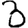
Digit: 3